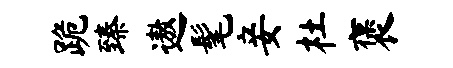
跪臻遨髦妾杜褒